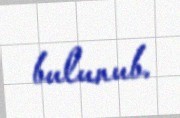
bulunub.